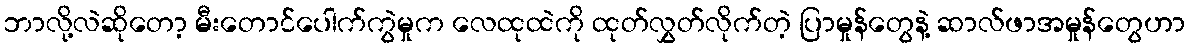
ဘာလို့လဲဆိုတော့ မီးတောင်ပေါက်ကွဲမှုက လေထုထဲကို ထုတ်လွှတ်လိုက်တဲ့ ပြာမှုန်တွေနဲ့ ဆာလ်ဖာအမှုန်တွေဟာ